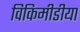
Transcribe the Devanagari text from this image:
विकिमीडीया